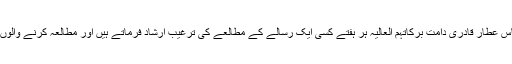
امیرِ اہلِ سنت حضرت علامہ محمد الیاس عطار قادری دَامَتْ بَرَکَاتُہُمُ الْعَالِیَہ ہر ہفتے کسی ایک رسالے کے مطالعے کی ترغیب ارشاد فرماتے ہیں اور مطالعہ کرنے والوں کو اپنی دعا وں سے بھی نوازتے ہیں۔